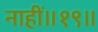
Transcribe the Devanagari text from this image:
नाहीं॥१९॥